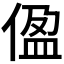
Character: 𫣂